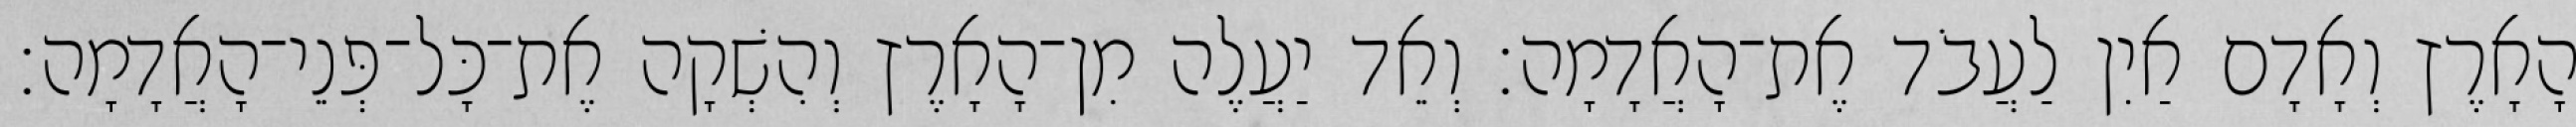
הָאָרֶץ וְאָדָם אַיִן לַעֲבֹד אֶת־הָאֲדָמָה׃ וְאֵד יַעֲלֶה מִן־הָאָרֶץ וְהִשְׁקָה אֶת־כָּל־פְּנֵי־הָאֲדָמָה׃